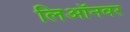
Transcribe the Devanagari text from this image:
लिऑनवर